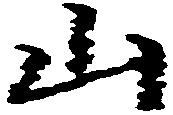
山